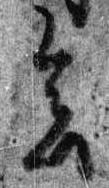
会